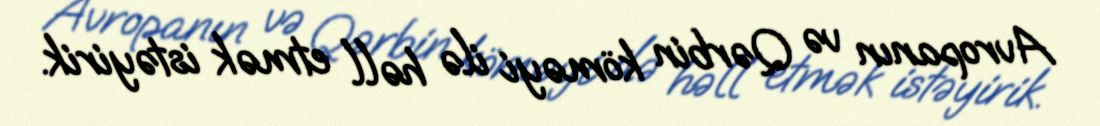
Avropanın və Qərbin köməyi ilə həll etmək istəyirik.